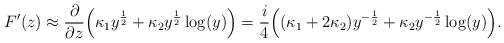
LaTeX: \begin{align*}F'(z)\approx\frac{\partial}{\partial z}\Big(\kappa_1y^{\frac{1}{2}}+\kappa_2y^{\frac{1}{2}}\log(y)\Big)=\frac{i}{4}\Big((\kappa_1+2\kappa_2)y^{-\frac{1}{2}}+\kappa_2y^{-\frac{1}{2}}\log(y)\Big).\end{align*}